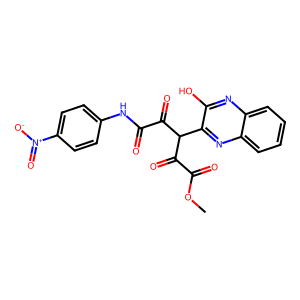
SMILES: COC(=O)C(=O)C(C(=O)C(=O)Nc1ccc([N+](=O)[O-])cc1)c1nc2ccccc2nc1O
Inhibits HIV replication: No